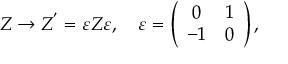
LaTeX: Z \rightarrow Z ^ { ' } = \varepsilon Z \varepsilon , \quad \varepsilon = \left( \begin{array} { c r c } { { 0 } } & { { 1 } } \\ { { - 1 } } & { { 0 } } \end{array} \right) ,